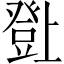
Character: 𤼸